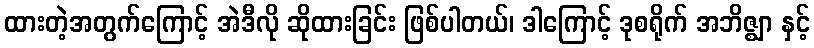
ထားတဲ့အတွက်ကြောင့် အဲဒီလို ဆိုထားခြင်း ဖြစ်ပါတယ်၊ ဒါကြောင့် ဒုစရိုက် အဘိဇ္ဈာ နှင့်